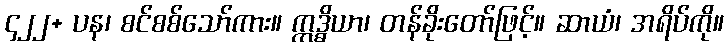
၄၂၂+ ပန၊ စင်စစ်သော်ကား။ ဣဒ္ဓိယာ၊ တန်ခိုးတော်ဖြင့်။ ဆာယံ၊ အရိပ်ကို။